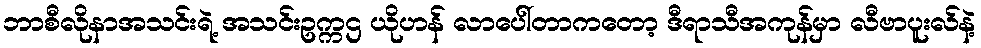
ဘာစီလိုနာအသင်းရဲ့ အသင်းဥက္ကဌ ယိုဟန် လာပေါ်တာကတော့ ဒီရာသီအကုန်မှာ လီဗာပူးလ်နဲ့